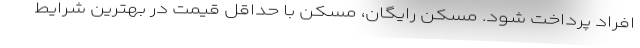
افراد پرداخت شود. مسکن رایگان، مسکن با حداقل قیمت در بهترین شرایط